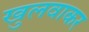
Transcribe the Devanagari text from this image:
खुलवाकर